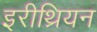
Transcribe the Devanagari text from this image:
इरीथ्रियन